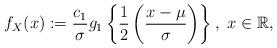
LaTeX: \begin{align*}f_{X}(x):=\frac{c_{1}}{\sigma}g_{1}\left\{\frac{1}{2}\left(\frac{x-\mu}{\sigma}\right)\right\},~x\in\mathbb{R},\end{align*}